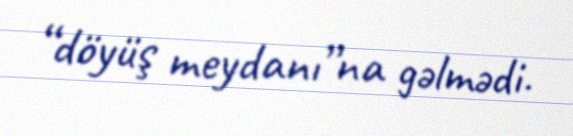
“döyüş meydanı”na gəlmədi.